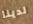
لدينا